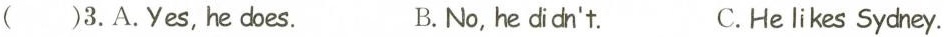
( )3.A.Yes,he does. B.No,he didn't. C.He likes Sychey.